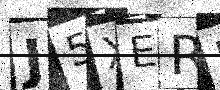
Text: J5XERJ